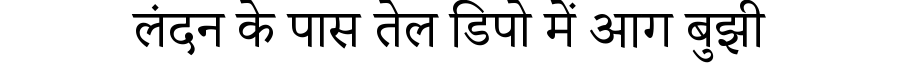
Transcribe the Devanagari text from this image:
लंदन के पास तेल डिपो में आग बुझी